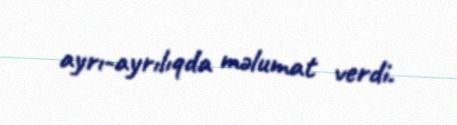
ayrı-ayrılıqda məlumat verdi.